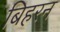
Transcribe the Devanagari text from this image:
बिहरन